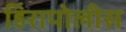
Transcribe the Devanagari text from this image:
हिरापोलीस